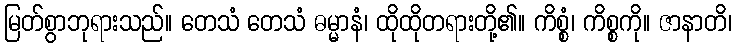
မြတ်စွာဘုရားသည်။ တေသံ တေသံ ဓမ္မာနံ၊ ထိုထိုတရားတို့၏။ ကိစ္စံ၊ ကိစ္စကို။ ဇာနာတိ၊